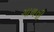
ગાળવી